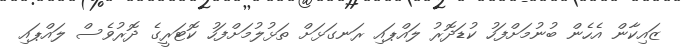
ޒައިކާން އެހެން ބުނުމަށްފަހު ކުޑަދޮރު ލައްޕައި ރަނގަޅަށް ތަޅުލުމަށްފަހު ކޮޓަރީގެ ދޮރުވެސް ލައްޕައި